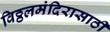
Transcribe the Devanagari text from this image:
विठ्ठलमंदिरासाठी